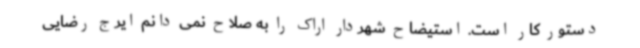
دستور کار است. استیضاح شهردار اراک را به صلاح نمی دانم ایرج رضایی